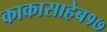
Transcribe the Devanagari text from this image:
काकासाहेब१७